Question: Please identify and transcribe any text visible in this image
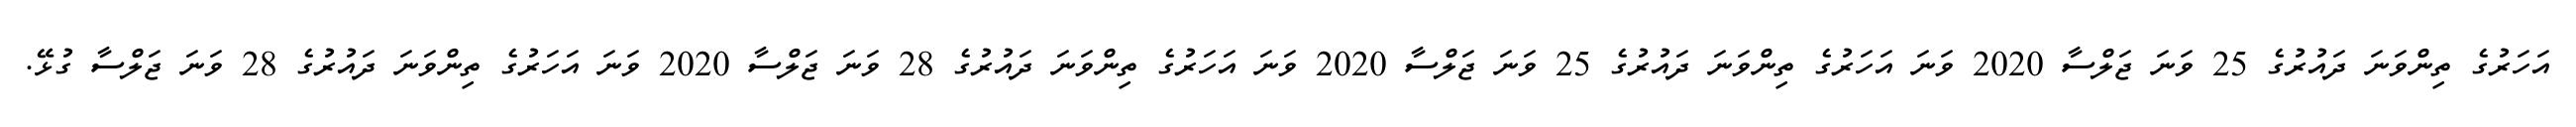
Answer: އަހަރުގެ ތިންވަނަ ދައުރުގެ 25 ވަނަ ޖަލްސާ 2020 ވަނަ އަހަރުގެ ތިންވަނަ ދައުރުގެ 25 ވަނަ ޖަލްސާ 2020 ވަނަ އަހަރުގެ ތިންވަނަ ދައުރުގެ 28 ވަނަ ޖަލްސާ 2020 ވަނަ އަހަރުގެ ތިންވަނަ ދައުރުގެ 28 ވަނަ ޖަލްސާ ގުޅޭ.